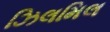
ઝિલમિલ